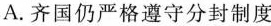
A.齐国仍严格遵守分封制度